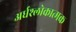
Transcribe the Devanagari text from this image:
अर्धश्लोकात्मक